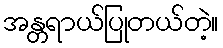
အန္တရာယ်ပြုတယ်တဲ့။